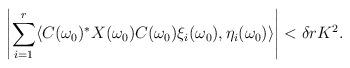
LaTeX: \begin{align*}\left|\sum_{i=1}^r\langle C(\omega_0)^*X(\omega_0)C(\omega_0)\xi_i(\omega_0),\eta_i(\omega_0)\rangle\right|<\delta rK^2.\end{align*}